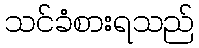
သင်ခံစားရသည်